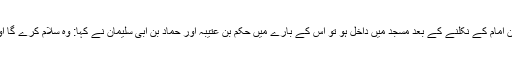
جو شخص جمعہ کے دن امام کے نکلنے کے بعد مسجد میں داخل ہو تو اس کے بارے میں حکم بن عتیبہ اور حماد بن ابی سلیمان نے کہا: وہ سلام کرے گا اور لوگ جواب دیں گے۔